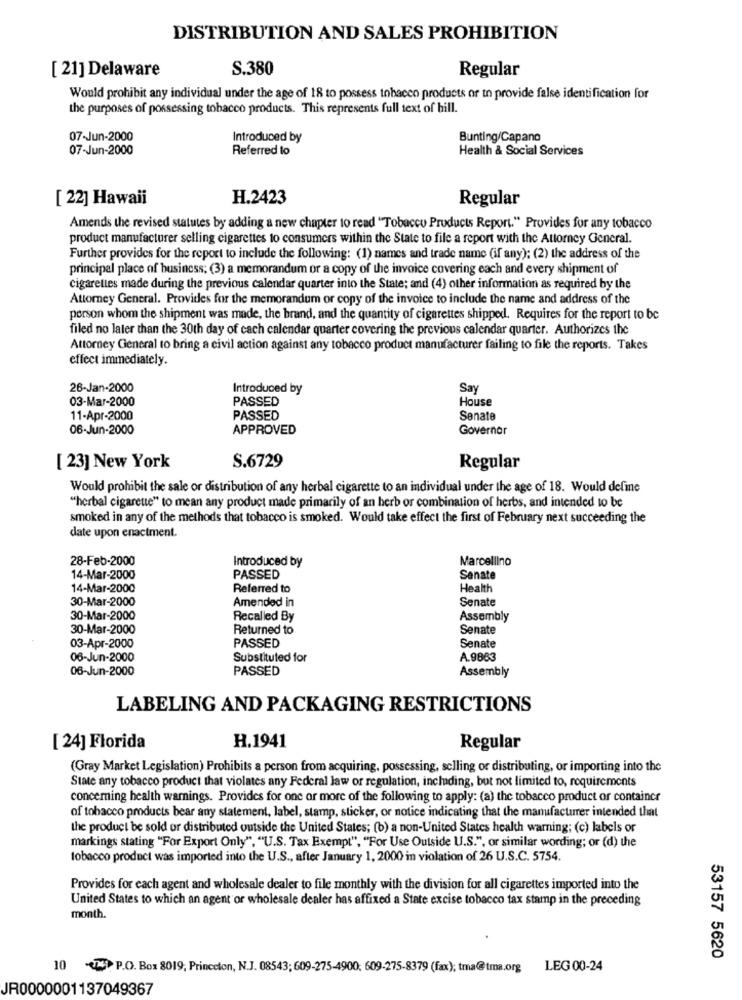
DISTRIBUTION AND SALES PROHIBITION
[ 21] Delaware
S.380
Regular
Would prohibit any individual under the age of 18 to possess tobacco products or to provide false identification for
the purposes of possessing tobacco products. This represents full text of hill.
07-Jun-2000
Introduced by
Bunting/Capano
07-Jun-2000
Referred to
Health & Social Services
[ 22] Hawaii
H.2423
Regular
Amends the revised statutes by adding a new chapter to read "Tobacco Products Report." Provides for any tobacco
product manufacturer selling cigarettes to consumers within the State to file a report with the Attorney General.
Further provides for the report to include the following: (1) names and trade name (if any); (2) the address of the
principal place of business: (3) a memorandum or a copy of the invoice covering each and every shipment of
cigarettes made during the previous calendar quarter into the State; and (4) other information as required by the
Attorney General. Provides for the memorandum or copy of the invoice to include the name and address of the
person whom the shipment was made, the brand, and the quantity of cigarettes shipped. Requires for the report to be
filed no later than the 30th day of cach calendar quarter covering the previous calendar quarter. Authorizes the
Attorney General to bring a civil action against any tobacco product manufacturer failing to file the reports. Takes
effect immediately.
26-Jan-2000
Introduced by
Say
03-Mar-2000
PASSED
House
11-Apr-2000
PASSED
Senate
06-Jun-2000
APPROVED
Governor
S.6729
[ 23] New York
Regular
Would prohibit the sale or distribution of any herbal cigarette to an individual under the age of 18. Would define
"herbal cigarette" to mean any product made primarily of an herb or combination of herbs, and intended to be
smoked in any of the methods that tobacco is smoked. Would take effect the first of February next succeeding the
date upon enactment.
28-Feb-2000
Introduced by
Marcellino
14-Mar-2000
PASSED
Senate
14-Mar-2000
Referred to
Health
30-Mar-2000
Amended in
Senate
30-Mar-2000
Recalled By
Assembly
30-Mar-2000
Returned to
Senate
PASSED
03-Apr-2000
Senate
06-Jun-2000
Substituted for
A.9863
06-Jun-2000
PASSED
Assembly
LABELING AND PACKAGING RESTRICTIONS
H.1941
[ 24] Florida
Regular
(Gray Market Legislation) Prohibits a person from acquiring, possessing, selling or distributing, or importing into the
State any tobacco product that violates any Federal law or regulation, including, but not limited to, requirements
concerning health warnings. Provides for one or more of the following to apply: (a) the tobacco product or container
of tobacco products bear any statement, label, stamp, sticker, or notice indicating that the manufacturer intended that
the product be sold or distributed outside the United States; (b) a non-United States health warning; (c) labels or
markings stating "For Export Only", "U.S. Tax Exempt", "For Use Outside U.S.", or similar wording; or (d) the
tobacco product was imported into the U.S ., after January 1, 2000 in violation of 26 U.S.C. 5754.
Provides for each agent and wholesale dealer to file monthly with the division for all cigarettes imported into the
United States to which an agent or wholesale dealer has affixed a State excise tobacco tax stamp in the preceding
month.
53157 5620
10 42) P.O. Box 8019, Princeton, N.J. 08543; 609-275-4900; 609-275-8379 (fax); tma@tma.org
LEG 00-24
JR0000001137049367